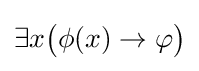
\exists x{\big (}\phi (x)\to \varphi {\big )}